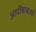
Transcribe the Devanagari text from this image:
आदींबाबतचे